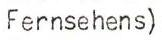
Fernsehens)